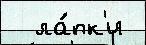
  ла́пк'и